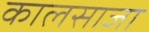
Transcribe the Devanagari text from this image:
कालसाजा